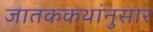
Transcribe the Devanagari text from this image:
जातककथांनुसार